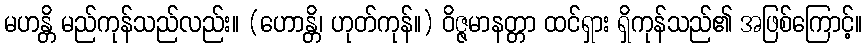
မဟန္တိ မည်ကုန်သည်လည်း။ (ဟောန္တိ၊ ဟုတ်ကုန်။) ဝိဇ္ဇမာနတ္တာ ထင်ရှား ရှိကုန်သည်၏ အဖြစ်ကြောင့်။